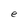
Character: e